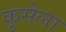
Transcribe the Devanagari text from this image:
कूसेला